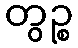
တွဉ္စ